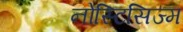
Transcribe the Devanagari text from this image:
नोस्टिसिज्म